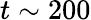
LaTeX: t\sim 200